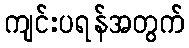
ကျင်းပရန်အတွက်